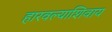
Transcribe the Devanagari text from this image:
हारवल्याशिवाय